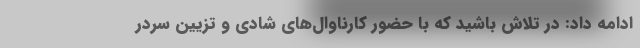
ادامه داد: در تلاش باشید که با حضور کارناوال‌های شادی و تزیین سردر